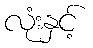
လုံးနှင့်